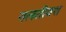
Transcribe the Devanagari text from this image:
गलतीवश